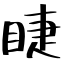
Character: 睫